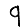
Digit: 9